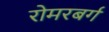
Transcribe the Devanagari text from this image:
रोमरबर्ग